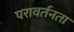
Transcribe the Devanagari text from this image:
परावर्तनता